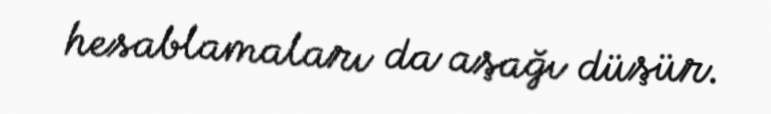
hesablamaları da aşağı düşür.